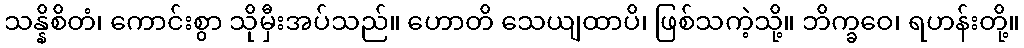
သန္နိစိတံ၊ ကောင်းစွာ သိုမှီးအပ်သည်။ ဟောတိ သေယျထာပိ၊ ဖြစ်သကဲ့သို့။ ဘိက္ခဝေ၊ ရဟန်းတို့။